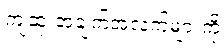
ကျဆုံးအချက်အလက်များကို